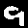
Digit: 9